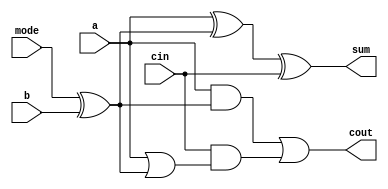
module fadder(
    input a,
    input b,
	 input mode,
    input cin,
    output wire sum,
    output wire cout
);

wire or1;
wire xor1;
wire and1;
wire and2;

xor(xor1,mode,b);
or(or1,a,xor1);
xor(sum,a,xor1,cin);
and(and1,a,xor1);
and(and2,cin,or1);
or(cout,and1,and2);

endmodule